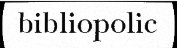
bibliopolic